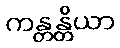
ကန္တန္တိယာ